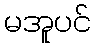
မအူပင်